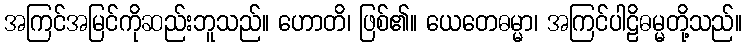
အကြင်အမြင်ကိုဆည်းဘူသည်။ ဟောတိ၊ ဖြစ်၏။ ယေတေဓမ္မာ၊ အကြင်ပါဠိဓမ္မတို့သည်။